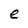
Character: e